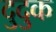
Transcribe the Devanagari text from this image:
दुदुक